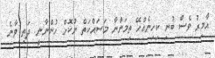
އާމިރު ވެސް ބުނި ކިހިނެއްހޭ ތިމަންނާ މަސައްކަތް ނުކޮށް ހުންނާނީ. ދަތި ވާނެ